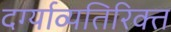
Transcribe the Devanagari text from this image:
दर्ग्याव्यतिरिक्त